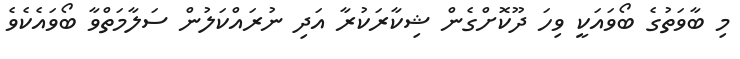
މި ބާވަތުގެ ބޯވައަކީ ވިހަ ދޫކޮށްގެން ޝިކާރަކުރާ އަދި ނުރައްކަލުން ސަލާމަތްވާ ބޯވައެކެވެ